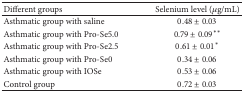
| Different groups | Selenium level (μg/mL) |
 | --- | --- |
 | Asthmatic group with saline | 0.48 ± 0.03 |
 | Asthmatic group with Pro-Se5.0 | 0.79 ± 0.09** |
 | Asthmatic group with Pro-Se2.5 | 0.61 ± 0.01* |
 | Asthmatic group with Pro-Se0 | 0.34 ± 0.06 |
 | Asthmatic group with IOSe | 0.53 ± 0.06 |
 | Control group | 0.72 ± 0.03 |